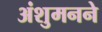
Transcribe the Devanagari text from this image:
अंशुमनने